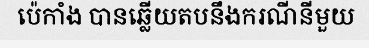
ប៉េកាំង បានឆ្លើយតបនឹងករណីនីមួយ